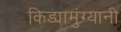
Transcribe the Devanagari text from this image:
किड्यामुंग्यानी